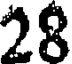
28